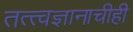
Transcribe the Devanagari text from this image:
तत्त्वज्ञानाचीही